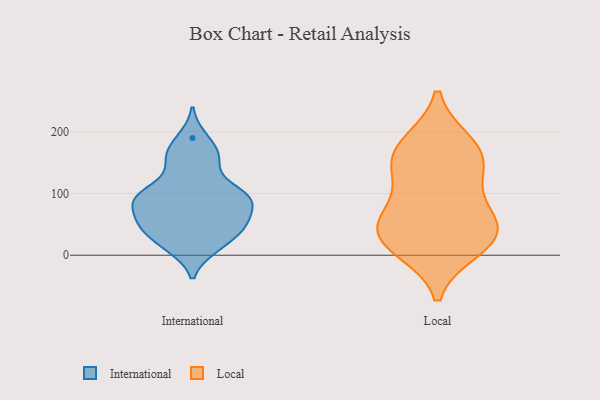
{"axis": {"x": "Gross Profit (USD K)", "y": "Value"}, "legend": ["International", "Local"], "data": [{"x": "", "y": 105, "type": "International"}, {"x": "", "y": 167, "type": "International"}, {"x": "", "y": 12, "type": "International"}, {"x": "", "y": 93, "type": "International"}, {"x": "", "y": 94, "type": "International"}, {"x": "", "y": 157, "type": "International"}, {"x": "", "y": 190, "type": "International"}, {"x": "", "y": 52, "type": "International"}, {"x": "", "y": 88, "type": "International"}, {"x": "", "y": 70, "type": "International"}, {"x": "", "y": 35, "type": "International"}, {"x": "", "y": 42, "type": "International"}, {"x": "", "y": 147, "type": "International"}, {"x": "", "y": 13, "type": "International"}, {"x": "", "y": 96, "type": "International"}, {"x": "", "y": 98, "type": "International"}, {"x": "", "y": 49, "type": "International"}, {"x": "", "y": 58, "type": "International"}, {"x": "", "y": 10, "type": "Local"}, {"x": "", "y": 39, "type": "Local"}, {"x": "", "y": 157, "type": "Local"}, {"x": "", "y": 134, "type": "Local"}, {"x": "", "y": 64, "type": "Local"}, {"x": "", "y": 138, "type": "Local"}, {"x": "", "y": 178, "type": "Local"}, {"x": "", "y": 76, "type": "Local"}, {"x": "", "y": 16, "type": "Local"}, {"x": "", "y": 182, "type": "Local"}, {"x": "", "y": 42, "type": "Local"}, {"x": "", "y": 33, "type": "Local"}]}